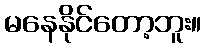
မနေနိုင်တော့ဘူး။